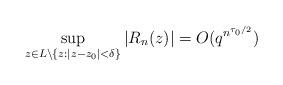
LaTeX: \begin{align*} \sup_{z \in L \setminus \{ z: |z-z_0| < \delta \}} |R_n(z)| = O(q^{n^{\tau_0/2}})\end{align*}